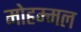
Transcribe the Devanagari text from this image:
मोहम्मल